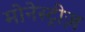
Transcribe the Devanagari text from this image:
मोनेस्ट्रीज़